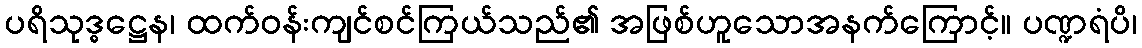
ပရိသုဒ္ဓဋ္ဌေန၊ ထက်ဝန်းကျင်စင်ကြယ်သည်၏ အဖြစ်ဟူသောအနက်ကြောင့်။ ပဏ္ဍရံပိ၊